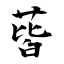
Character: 蒈